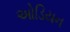
ઓડિયન